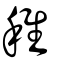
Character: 稚